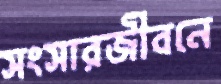
সংসারজীবনে